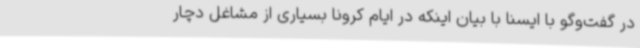
در گفت‌وگو با ایسنا با بیان اینکه در ایام کرونا بسیاری از مشاغل دچار